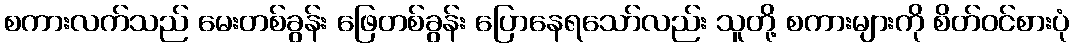
စကားလက်သည် မေးတစ်ခွန်း ဖြေတစ်ခွန်း ပြောနေရသော်လည်း သူတို့ စကားများကို စိတ်ဝင်စားပုံ